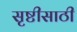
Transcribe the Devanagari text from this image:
सृष्टीसाठी